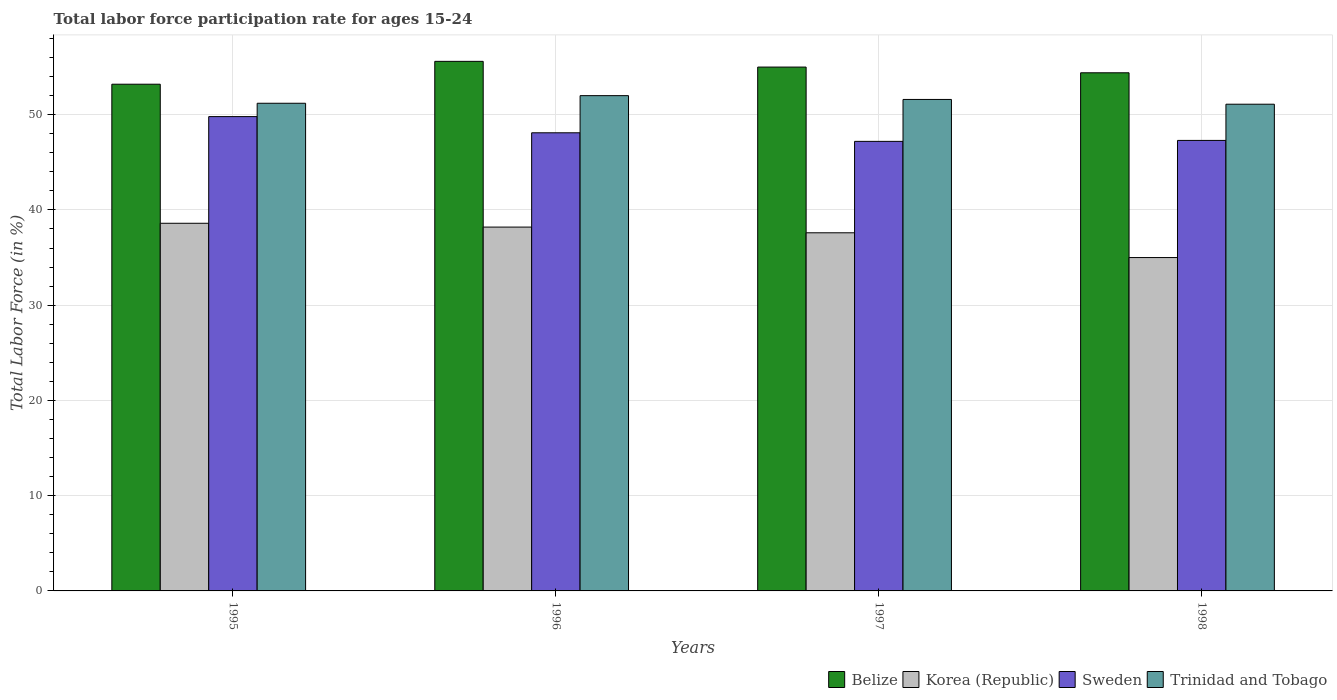
| Years | Belize | Korea (Republic) | Sweden | Trinidad and Tobago |
 | --- | --- | --- | --- | --- |
 | 1995 | 53.2 | 38.6 | 49.8 | 51.2 |
 | 1996 | 55.6 | 38.2 | 48.1 | 52 |
 | 1997 | 55 | 37.6 | 47.2 | 51.6 |
 | 1998 | 54.4 | 35 | 47.3 | 51.1 |